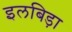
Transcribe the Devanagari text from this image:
इलबिड़ा